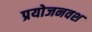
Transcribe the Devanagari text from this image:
प्रयोजनवश